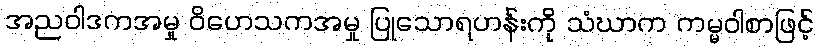
အညဝါဒကအမှု ဝိဟေသကအမှု ပြုသောရဟန်းကို သံဃာက ကမ္မဝါစာဖြင့်